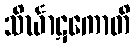
သိင်္ဃာဋကောတိ